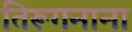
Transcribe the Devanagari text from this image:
तिरूगनाना